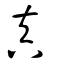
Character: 眞